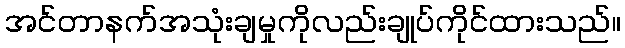
အင်တာနက်အသုံးချမှုကိုလည်းချုပ်ကိုင်ထားသည်။